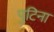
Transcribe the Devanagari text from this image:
पुटिना